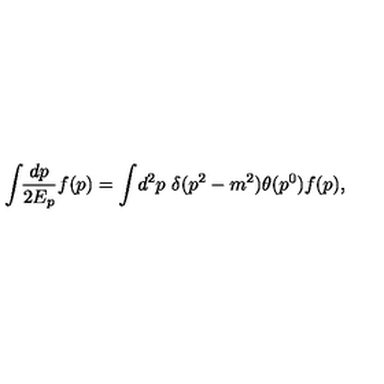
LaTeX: \int \! \! \frac { d p } { 2 E _ { p } } f ( p ) = \int \! d ^ { 2 } p \ \delta ( p ^ { 2 } - m ^ { 2 } ) \theta ( p ^ { 0 } ) f ( p ) ,